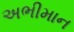
અભીમાન